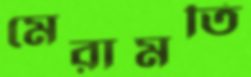
মেরামতি